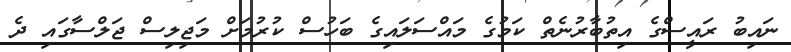
ނައިބު ރައީސްގެ އިތުބާރުނެތް ކަމުގެ މައްސަލައިގެ ބަހުސް ކުރުމަށް މަޖިލިސް ޖަލްސާގައި ދެ